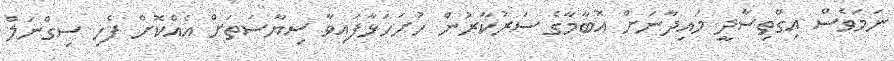
ނަމަވެސް އިގްތިސާދީ މައިދާނަށް އޮބާމާގެ ސަރުކާރުން ހުށަހަޅާފައިވާ ސިޔާސަތަށް އެއްކޮށް ފެހި ސިގްނަލް